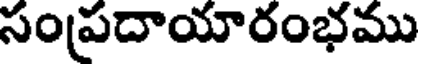
సంప్రదాయారంభము